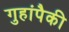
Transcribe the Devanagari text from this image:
गुहांपैकी